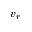
v _ { r }